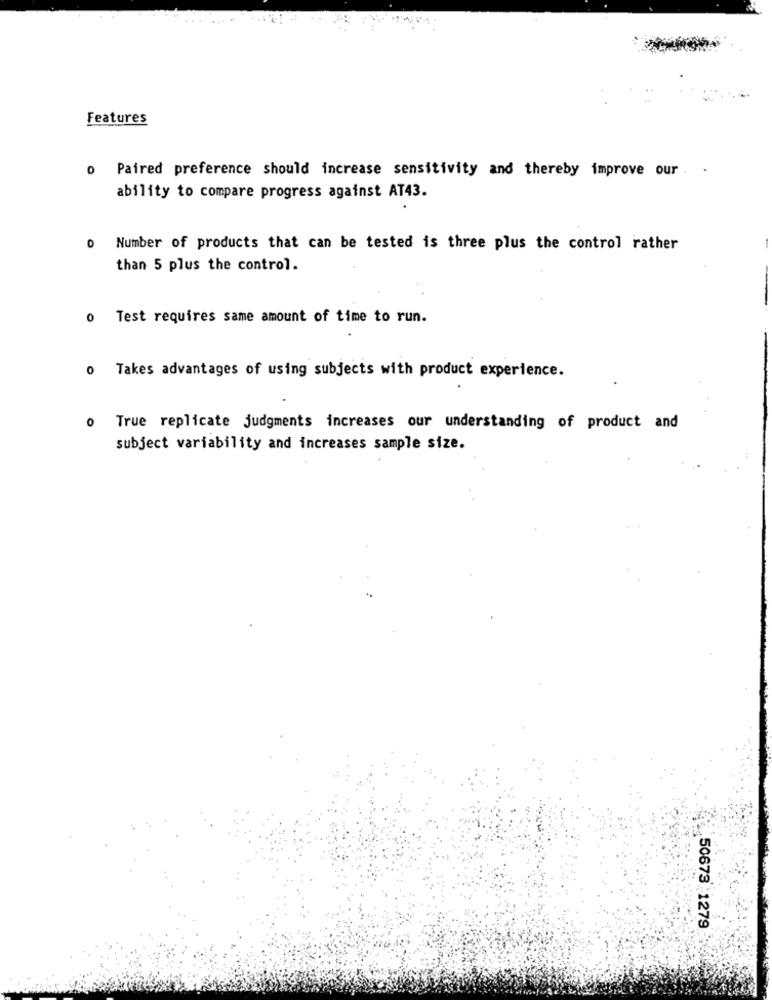
Features
o Paired preference should increase sensitivity and thereby improve our . .
ability to compare progress against AT43.
0 Number of products that can be tested is three plus the control rather
-
than 5 plus the control.
o Test requires same amount of time to run.
o Takes advantages of using subjects with product experience.
0
True replicate judgments increases our understanding of product and
subject variability and increases sample size.
50673 1279